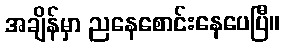
အချိန်မှာ ညနေစောင်းနေပေပြီ။